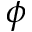
\phi